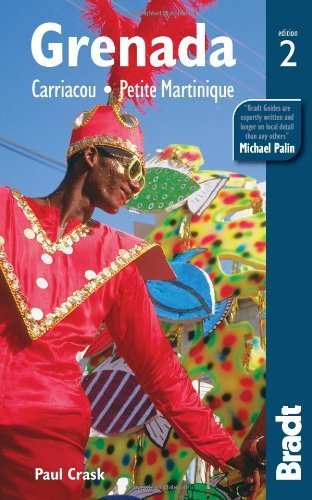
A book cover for Grenada: Carriacou . Petite Martinique (Bradt Travel guides(Slow Travel))) by Crask, Paul (2012) Paperback; Travel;